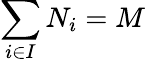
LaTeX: \sum_{i\in I}N_{i}=M